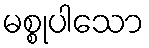
မစ္စုပါသော